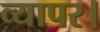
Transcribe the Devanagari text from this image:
व्यापर।